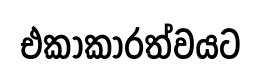
එකාකාරත්වයට